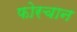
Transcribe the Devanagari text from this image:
फोरचान